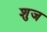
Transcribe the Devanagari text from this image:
शुज